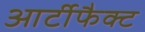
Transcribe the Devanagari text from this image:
आर्टीफैक्ट